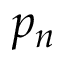
p _ { n }